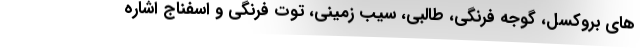
های بروکسل، گوجه فرنگی، طالبی، سیب زمینی، توت فرنگی و اسفناج اشاره